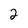
Character: 2